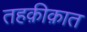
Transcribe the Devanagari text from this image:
तहक़ीक़ात